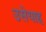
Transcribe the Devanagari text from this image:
उसेयाह